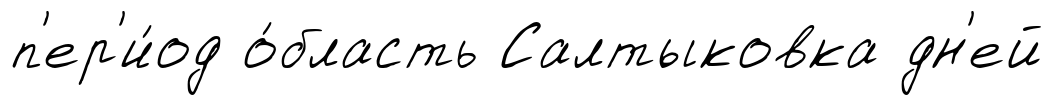
п'ер'и́од о́бласть Салтыковка дн'ей